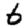
Digit: 6